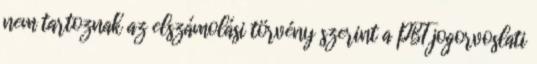
nem tartoznak az elszámolási törvény szerint a PBT jogorvoslati